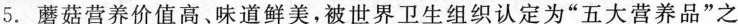
5. 蘑菇营养价值高、味道鲜美，被世界卫生组织认定为”五大营养品”之